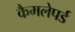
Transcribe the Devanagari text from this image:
कैमलेपर्ड